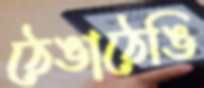
ঠেঙাঠেঙি